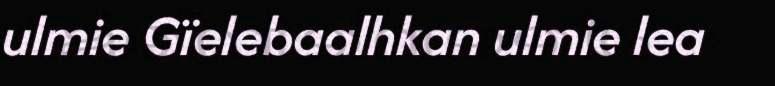
ulmie Gïelebaalhkan ulmie lea